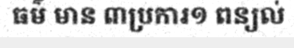
ធម៌ មាន ៣ប្រការ១ ពន្យល់